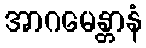
အာဂမေန္တာနံ